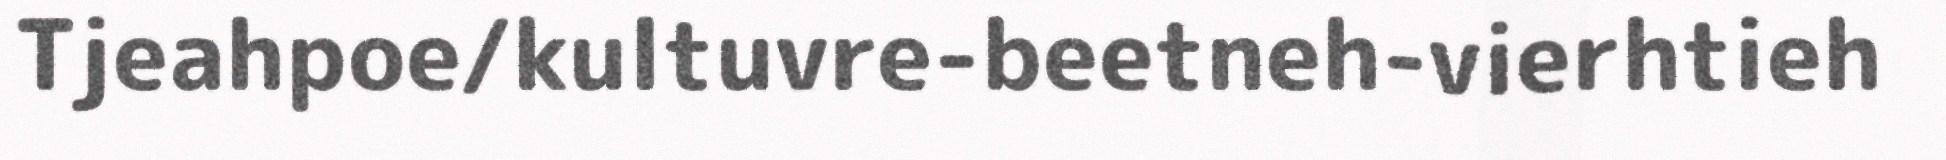
Tjeahpoe/kultuvre-beetneh-vierhtieh